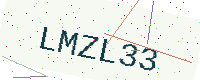
Text: LMZL33